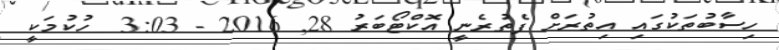
ހިސާބުތަކުގައި އިތުރަށް ފެތުރެނީ އޮކްޓޯބަރު 28